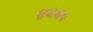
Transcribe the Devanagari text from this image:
४६६५